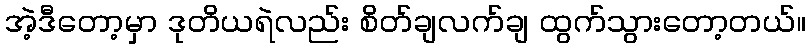
အဲ့ဒီတော့မှာ ဒုတိယရဲလည်း စိတ်ချလက်ချ ထွက်သွားတော့တယ်။